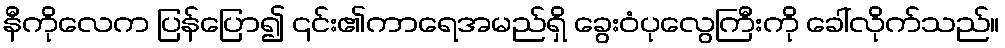
နီကိုလေက ပြန်ပြော၍ ၎င်း၏ကာရေအမည်ရှိ ခွေးဝံပုလွေကြီးကို ခေါ်လိုက်သည်။